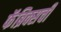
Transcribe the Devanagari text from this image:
फॅब्रिक्सची